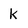
Character: k